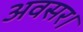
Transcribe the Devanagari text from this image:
अवसर।